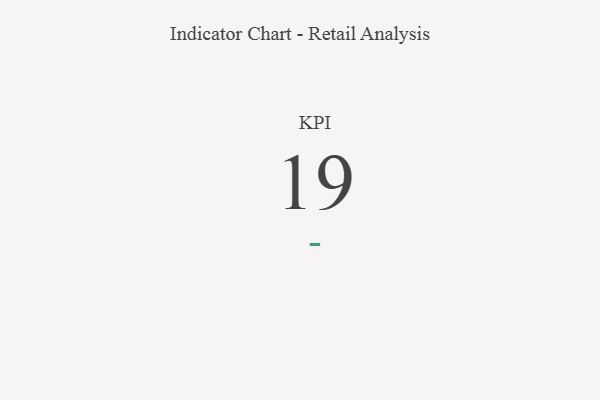
{"axis": {"x": "KPI", "y": "Value"}, "legend": [""], "data": [{"x": "KPI", "y": 19, "type": ""}]}